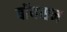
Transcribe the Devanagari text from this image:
बॉयसन